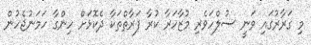
މި ގަރާރުގައި ވަނީ ސުލްހަވެރި މުޒާހަރާ ކުރާ ފަރާތްތަކާ ދެކޮޅަށް ހިންގާ ހަމަނުޖެހުން